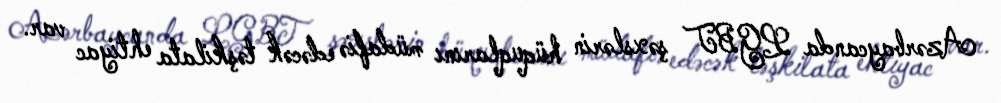
Azərbaycanda LGBT şəxslərin hüquqlarını müdafiə edəcək təşkilata ehtiyac var.